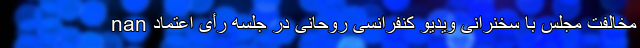
nan مخالفت مجلس با سخنرانی ویدیو کنفرانسی روحانی در جلسه رأی اعتماد